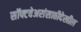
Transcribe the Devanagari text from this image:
सॉफ्टवेअरांसाठीदेखील